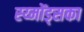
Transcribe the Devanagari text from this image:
स्य्मोंड्सका